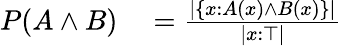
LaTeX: \begin{array}{rl}{P(A\land B)}&{{}={\frac{|\{ x:A(x)\land B(x)\} |}{|x:\top|}}}\end{array}